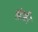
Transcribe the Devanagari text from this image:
तोटकी